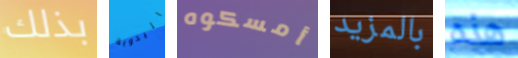
بذلك اليدوية أمسكوه بالمزيد هذه